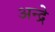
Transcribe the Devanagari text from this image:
अन्द्रे